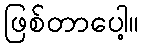
ဖြစ်တာပေါ့။